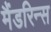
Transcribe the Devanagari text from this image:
मैंडरिन्स